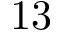
1 3